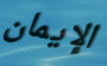
الإيمان